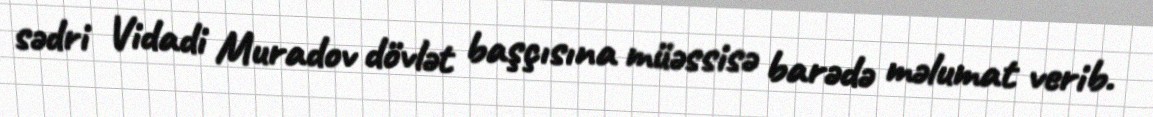
sədri Vidadi Muradov dövlət başçısına müəssisə barədə məlumat verib.